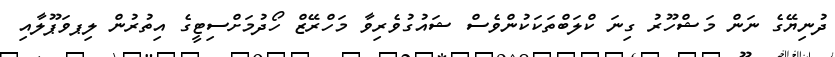
ދުނިޔޭގެ ނަން މަޝްހޫރު ގިނަ ކްލަބްތަކަކުންވެސް ޝައުގުވެރިވާ މަހްރޭޒް ހޯދުމަށްސިޓީގެ އިތުރުން ލިޕވަޕޫލާއި